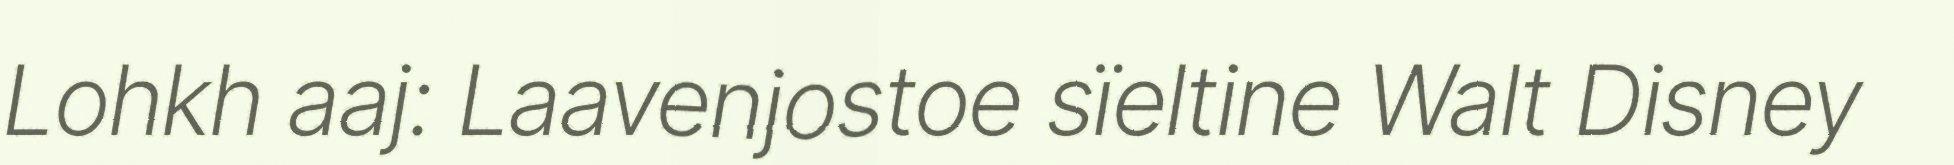
Lohkh aaj: Laavenjostoe sïeltine Walt Disney